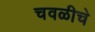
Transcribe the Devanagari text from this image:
चवळीचे